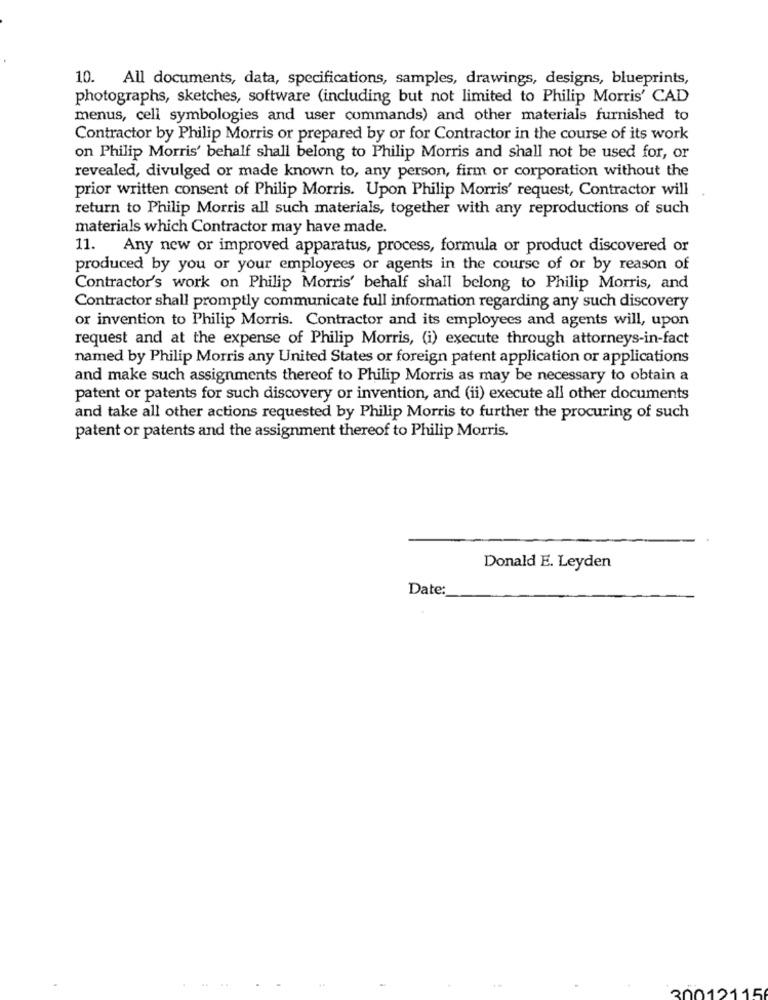
10. All documents, data, specifications, samples, drawings, designs, blueprints,
photographs, sketches, software (including but not limited to Philip Morris' CAD
menus, cell symbologies and user commands) and other materials furnished to
Contractor by Philip Morris or prepared by or for Contractor in the course of its work
on Philip Morris' behalf shall belong to Philip Morris and shall not be used for, or
revealed, divulged or made known to, any person, firm or corporation without the
prior written consent of Philip Morris. Upon Philip Morris' request, Contractor will
return to Philip Morris all such materials, together with any reproductions of such
materials which Contractor may have made.
11. Any new or improved apparatus, process, formula or product discovered or
produced by you or your employees or agents in the course of or by reason of
Contractor's work on Philip Morris' behalf shall belong to Philip Morris, and
Contractor shall promptly communicate full information regarding any such discovery
or invention to Philip Morris. Contractor and its employees and agents will, upon
request and at the expense of Philip Morris, (i) execute through attorneys-in-fact
named by Philip Morris any United States or foreign patent application or applications
and make such assignments thereof to Philip Morris as may be necessary to obtain a
patent or patents for such discovery or invention, and (ii) execute all other documents
and take all other actions requested by Philip Morris to further the procuring of such
patent or patents and the assignment thereof to Philip Morris.
Donald E. Leyden
Date:
30012115